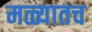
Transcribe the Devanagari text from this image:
मळ्यातच